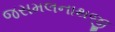
જસમલનાથજી